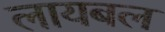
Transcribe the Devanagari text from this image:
लायबल